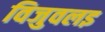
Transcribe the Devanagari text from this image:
विजुवलइ